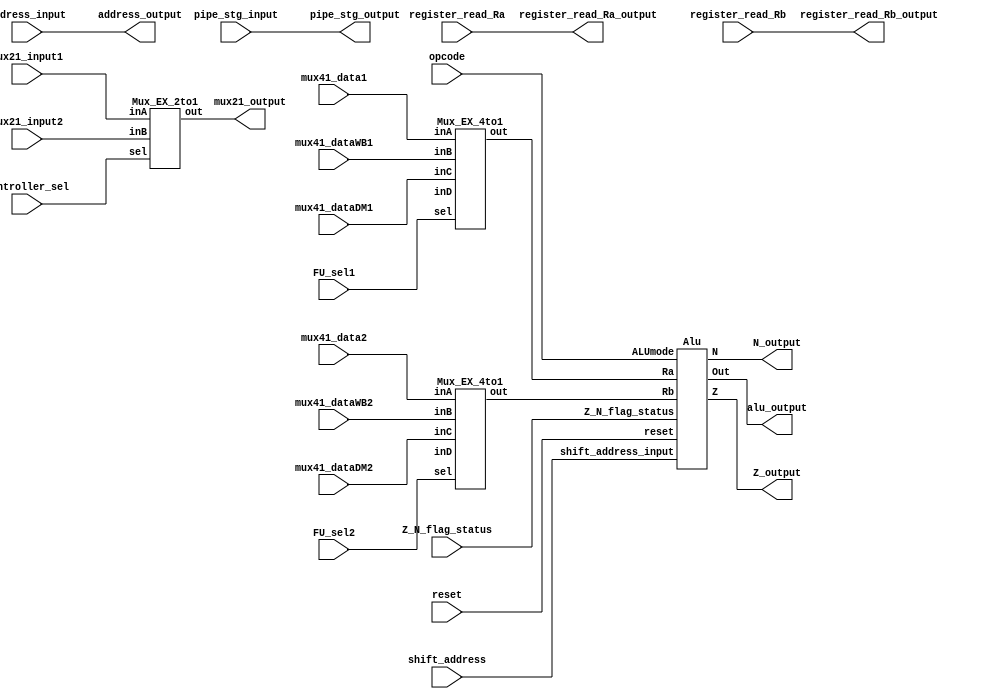
module EXE_stg(
	input wire [7:0] mux41_data1,
	input wire [7:0] mux41_dataWB1,
	input wire [7:0] mux41_data2,
	input wire [7:0] mux41_dataWB2,
	input wire [7:0] mux41_dataDM1,
	input wire [7:0] mux41_dataDM2,
	input wire [7:0] address_input,
	input wire [7:0] mux21_input1,
	input wire [7:0] mux21_input2,
	input wire [3:0] pipe_stg_input,
	input wire [3:0] opcode,
	input wire [1:0] FU_sel1, FU_sel2,
	input wire Controller_sel,
	input wire [1:0] register_read_Ra,
  	input wire [1:0] register_read_Rb,
	input wire [7:0] Z_N_flag_status,
	input wire [7:0] shift_address,
	input wire reset,
	output wire [7:0] address_output,
	output wire [7:0] mux21_output,
	output wire [7:0] alu_output,
	output wire [3:0] pipe_stg_output,
	output wire Z_output,N_output,
	output wire [1:0] register_read_Ra_output,
  	output wire [1:0] register_read_Rb_output);

//Intermediate wires
wire [7:0] s1,s4;

//Not useful wires
wire [7:0] u1, u2;

//CU wires
wire [1:0] c2;


assign pipe_stg_output [3:0] = pipe_stg_input [3:0];
assign address_output = address_input;
assign register_read_Ra_output [1:0] = register_read_Ra [1:0];
assign register_read_Rb_output [1:0] = register_read_Rb [1:0];

Mux_EX_4to1 mux1(
	.out(s1), 
	.inA(mux41_data1), 
	.inB(mux41_dataWB1), 
	.inC(mux41_dataDM1), 
	.inD(u1), 
	.sel(FU_sel1)
);

Mux_EX_4to1 mux2(
	.out(s4), 
	.inA(mux41_data2), 
	.inB(mux41_dataWB2), 
	.inC(mux41_dataDM2), 
	.inD(u2), 
	.sel(FU_sel2)
);

Alu ALU_Des(
	.Ra(s1), 
   .Rb(s4), 
   .ALUmode(opcode), 
   .Z(Z_output), 
   .N(N_output), 
	.shift_address_input(shift_address[7:0]),
   .Out(alu_output),
	.Z_N_flag_status(Z_N_flag_status),
	.reset(reset)
);

Mux_EX_2to1 mux3(
	.out(mux21_output), 
	.inA(mux21_input1), 
	.inB(mux21_input2), 
	.sel(Controller_sel)
);

endmodule

//----------------------------------------------------------
module Mux_EX_4to1 (out, inA, inB, inC, inD, sel);

    output [7:0] out;
    input wire [7:0] inA;
	 input wire [7:0] inB;
	 input wire [7:0] inC;
    input wire [7:0] inD;
    input wire [1:0] sel;
	reg [7:0]out;

	always@(inA,inB,inC,inD,sel)
	begin
        if (sel == 2'b00)
            begin
            out <= inA;
            end
		  else if (sel == 2'b01)
            begin
            out <= inB;
            end
		  else if (sel == 2'b10)
            begin
            out <= inC;
            end
        else 
            begin
            out <= inD;
            end
    end	 

endmodule
//---------------------------------------------------------------------------------
module Mux_EX_2to1 (out, inA, inB, sel);

    output [7:0] out;
    input wire [7:0] inA;
    input wire [7:0] inB;
    input wire sel;
	reg [7:0]out;

	always@(inA,inB,sel)
	begin
        if (sel == 1'b0)
            begin
            out <= inA;
            end
        else 
            begin
            out <= inB;
            end
    end	 

endmodule

//-----------------------------------------------------------------------------------------
module Alu(
    input wire [7:0] Ra, 
    input wire [7:0] Rb, 
    input wire [3:0] ALUmode,
	 input wire [7:0] Z_N_flag_status,
	 input wire [7:0] shift_address_input,
	 input wire reset, 
    output wire Z, 
    output wire N, 
    output wire [7:0] Out
);

parameter NOP = 4'b0000;
parameter ADD = 4'b0001;
parameter SUB = 4'b0010;
parameter NAND = 4'b0011;
parameter SHL = 4'b0100;
parameter SHR = 4'b0101;
parameter OUT = 4'b0110;
parameter MOV = 4'b1000;
parameter LOAD = 4'b1101;
parameter STORE = 4'b1110;
parameter LOADIMM = 4'b1111;

// Intermediate wires
reg signed [8:0] ALUresult;
reg zeroFlag;
reg negativeFlag;
reg [3:0] count;
reg [3:0] count_tri;
reg [3:0] count_n;


//ALU Operations- Order1
always @(Ra,Rb,shift_address_input,zeroFlag,ALUmode) begin
    
    case (ALUmode)
        ADD: ALUresult = Ra + Rb;
        SUB: ALUresult = Ra - Rb;
        NAND: ALUresult = ~ (Ra & Rb);
        SHL: ALUresult = Ra << 1'b1;
        SHR: begin 
					if(shift_address_input == 8'b00010000) begin
						ALUresult = Ra >> 1'b1;
					end
					
					if(shift_address_input == 8'b00011000) begin
						 if (zeroFlag == 1'b1)
							 begin 
								ALUresult = Ra >> 1'b1;
							 end
						 if (zeroFlag == 1'b0)
							 begin 
								ALUresult = (Ra >> 1'b1) | 8'b10000000;
							 end
					end
				 end 
        OUT: ALUresult = Ra;
        NOP: ALUresult = 9'b0;
        LOAD: ALUresult = Ra;
		  STORE: ALUresult = Ra;
		  LOADIMM: ALUresult = Ra;
		  MOV: ALUresult = Rb;
    endcase
end

// Sequential Ordering-Order2
always @(reset,Z_N_flag_status,count, zeroFlag,count_tri,count_n,negativeFlag) begin 
	
	if (reset == 1'b1) begin
   count = 4'b0000;
	zeroFlag = 1'b1;
	negativeFlag = 1'b0;
	count_tri = 4'b0000;
	count_n = 4'b0000;
	end
	
	else begin
	
	if(Z_N_flag_status[7:4] == 4'b1010) begin
	
		if (Z_N_flag_status[2] == 1'b0) begin
			count = count + 4'b0001;
		end
		if(count > 4'b0011) begin
			zeroFlag = 0;
			count_tri = count_tri + 4'b0001;
			
			if(count_tri > 4'b0111) begin
				count = 4'b0000;
			end
		end
		if (count <= 4'b0011) begin
			zeroFlag = 1;
			count_tri = 4'b0000;
		end
		
		if (Z_N_flag_status[2] == 1'b1) begin
			count_n = count;
		end
		if (count_n == 4'b0110) begin
			negativeFlag = 1'b1;
			count_n = 4'b0;
		end
		
		if (count_n != 4'b0000) begin
			negativeFlag = 1'b0;
		end
		
		if (zeroFlag == 1'b1 & negativeFlag == 1'b1) begin
			negativeFlag = 1'b0;
		end
		
	end
end
end
//Zero Flag
assign Z = zeroFlag;

// Negative flag
assign N = negativeFlag;

// Output
assign Out = ALUresult[7:0];

endmodule